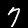
Digit: 7